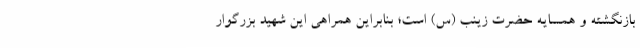
بازنگشته و همسایه حضرت زینب (س) است؛ بنابراین همراهی این شهید بزرگوار